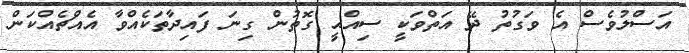
އަސްލުވެސް އެ ވަގުތު ދޭ އަތްވަކީ ސިއްޙީ ގޮތުން ގިނަ ފައިދާތަކެއްވާ އެއްޗެއްކަން